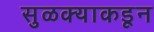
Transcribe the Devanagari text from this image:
सुळक्याकडून